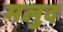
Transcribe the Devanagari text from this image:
मलुद